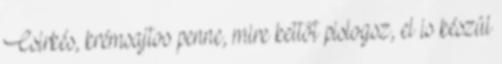
Csirkés, krémsajtos penne, mire kettőt pislogsz, el is készül